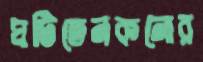
ঘটিতেনকনোর